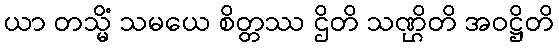
ယာ တသ္မိံ သမယေ စိတ္တဿ ဌိတိ သဏ္ဌိတိ အဝဋ္ဌိတိ